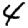
Digit: 4